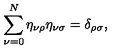
\sum _ { \nu = 0 } ^ { N } \eta _ { \nu \rho } \eta _ { \nu \sigma } = \delta _ { \rho \sigma } ,